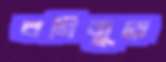
বগিজুড়ে